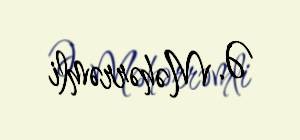
Ə. Məhərrəmli